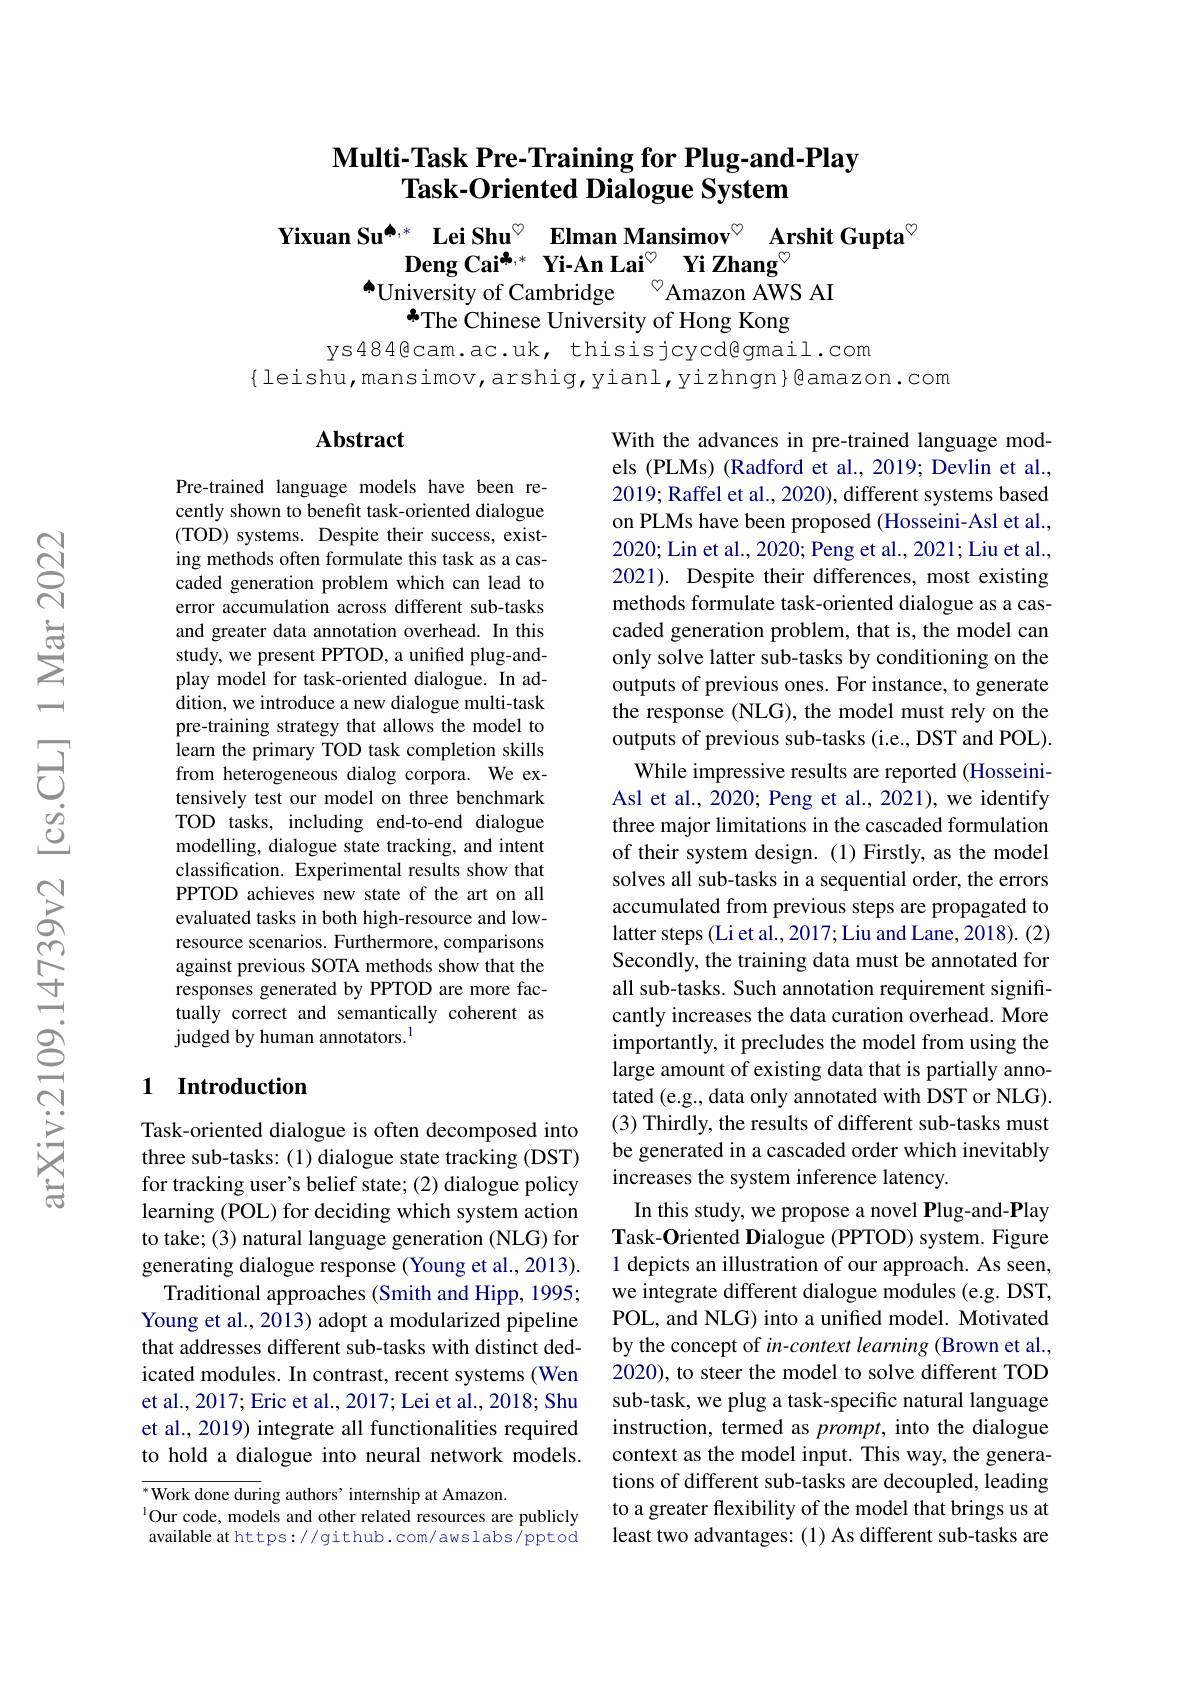
## $\textbf{Multi- Task Pre- Training for Plug- and- Play}$ $\textbf{Task- Oriented Dialogue System}$

$\begin{array}{c}\textbf{Yixuan Su}^{\spadesuit,*}&\textbf{Lei Shu}^{\heartsuit}&\textbf{Elman Mansimov}^{\heartsuit}&\textbf{Arshit Gupta}^{\heartsuit}\\\textbf{Deng Cai}^{\clubsuit,*}&\textbf{Yi-An Lai}^{\heartsuit}&\textbf{Yi Zhang}^{\heartsuit}\\\text{个University of Cambridge}^{\heartsuit}&\text{Amazon AWS AI}\end{array}$
$\tilde{\text{The Chinese University of Hong Kong}}$

ys484@cam.ac.uk, thisisjcycd@gmail.com
$\{$leishu,mansimov,arshig,yianl,yizhngn}@amazon.com

## Abstract

Pre-trained language models have been recently shown to benefit task-oriented dialogue (TOD) systems. Despite their success, existing methods often formulate this task as a cascaded generation problem which can lead to error accumulation across different sub-tasks and greater data annotation overhead. In this study, we present PPTOD, a unified plug-andplay model for task-oriented dialogue. In addition, we introduce a new dialogue multi-task pre-training strategy that allows the model to learn the primary TOD task completion skills from heterogeneous dialog corpora. We extensively test our model on three benchmark TOD tasks, including end-to-end dialogue modelling, dialogue state tracking, and intent classification. Experimental results show that PPTOD achieves new state of the art on all evaluated tasks in both high-resource and lowresource scenarios. Furthermore, comparisons against previous SOTA methods show that the responses generated by PPTOD are more factually correct and semantically coherent as judged by human annotators.$^{1}$

With the advances in pre-trained language models (PLMs) (Radford et al., 2019; Devlin et al., 2019; Raffel et al., 2020), different systems based on PLMs have been proposed (Hosseini-Asl et al., 2020; Lin et al., 2020; Peng et al., 2021; Liu et al., 2021). Despite their differences, most existing methods formulate task-oriented dialogue as a cascaded generation problem, that is, the model can only solve latter sub-tasks by conditioning on the outputs of previous ones. For instance, to generate the response (NLG), the model must rely on the outputs of previous sub-tasks (i.e., DST and POL).
While impressive results are reported (HosseiniAsl et al., 2020; Peng et al., 2021), we identify three major limitations in the cascaded formulation of their system design. (1) Firstly, as the model solves all sub-tasks in a sequential order, the errors accumulated from previous steps are propagated to latter steps (Li et al., 2017; Liu and Lane, 2018). (2) Secondly, the training data must be annotated for all sub-tasks. Such annotation requirement significantly increases the data curation overhead. More importantly, it precludes the model from using the large amount of existing data that is partially annotated (e.g., data only annotated with DST or NLG). (3) Thirdly, the results of different sub-tasks must be generated in a cascaded order which inevitably increases the system inference latency.
In this study, we propose a novel Plug-and-Play Task-Oriented Dialogue (PPTOD) system. Figure 1 depicts an illustration of our approach. As seen, we integrate different dialogue modules (e.g. DST, POL, and NLG) into a unified model. Motivated by the concept of in-context learning (Brown et al., 2020), to steer the model to solve different TOD sub-task, we plug a task-specific natural language instruction, termed as prompt, into the dialogue context as the model input. This way, the generations of different sub-tasks are decoupled, leading to a greater flexibility of the model that brings us at least two advantages: (1) As different sub-tasks are

## 1 Introduction

Task-oriented dialogue is often decomposed into three sub-tasks: (1) dialogue state tracking (DST) for tracking user's belief state; (2) dialogue policy learning (POL) for deciding which system action to take; (3) natural language generation (NLG) for generating dialogue response (Young et al., 2013).
Traditional approaches (Smith and Hipp, 1995; Young et al., 2013) adopt a modularized pipeline that addresses different sub-tasks with distinct dedicated modules. In contrast, recent systems (Wen et al., 2017; Eric et al., 2017; Lei et al., 2018; Shu et al., 2019) integrate all functionalities required to hold a dialogue into neural network models.

$\overline{{^*\text{Work done duri}}}$ng authors’internship at Amazon.
$^{1}$Our code, models and other related resources are publicly available at https://github.com/awslabs/pptod